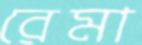
রেমা